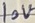
Text: 10V